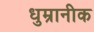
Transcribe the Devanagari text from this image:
धुम्रानीक